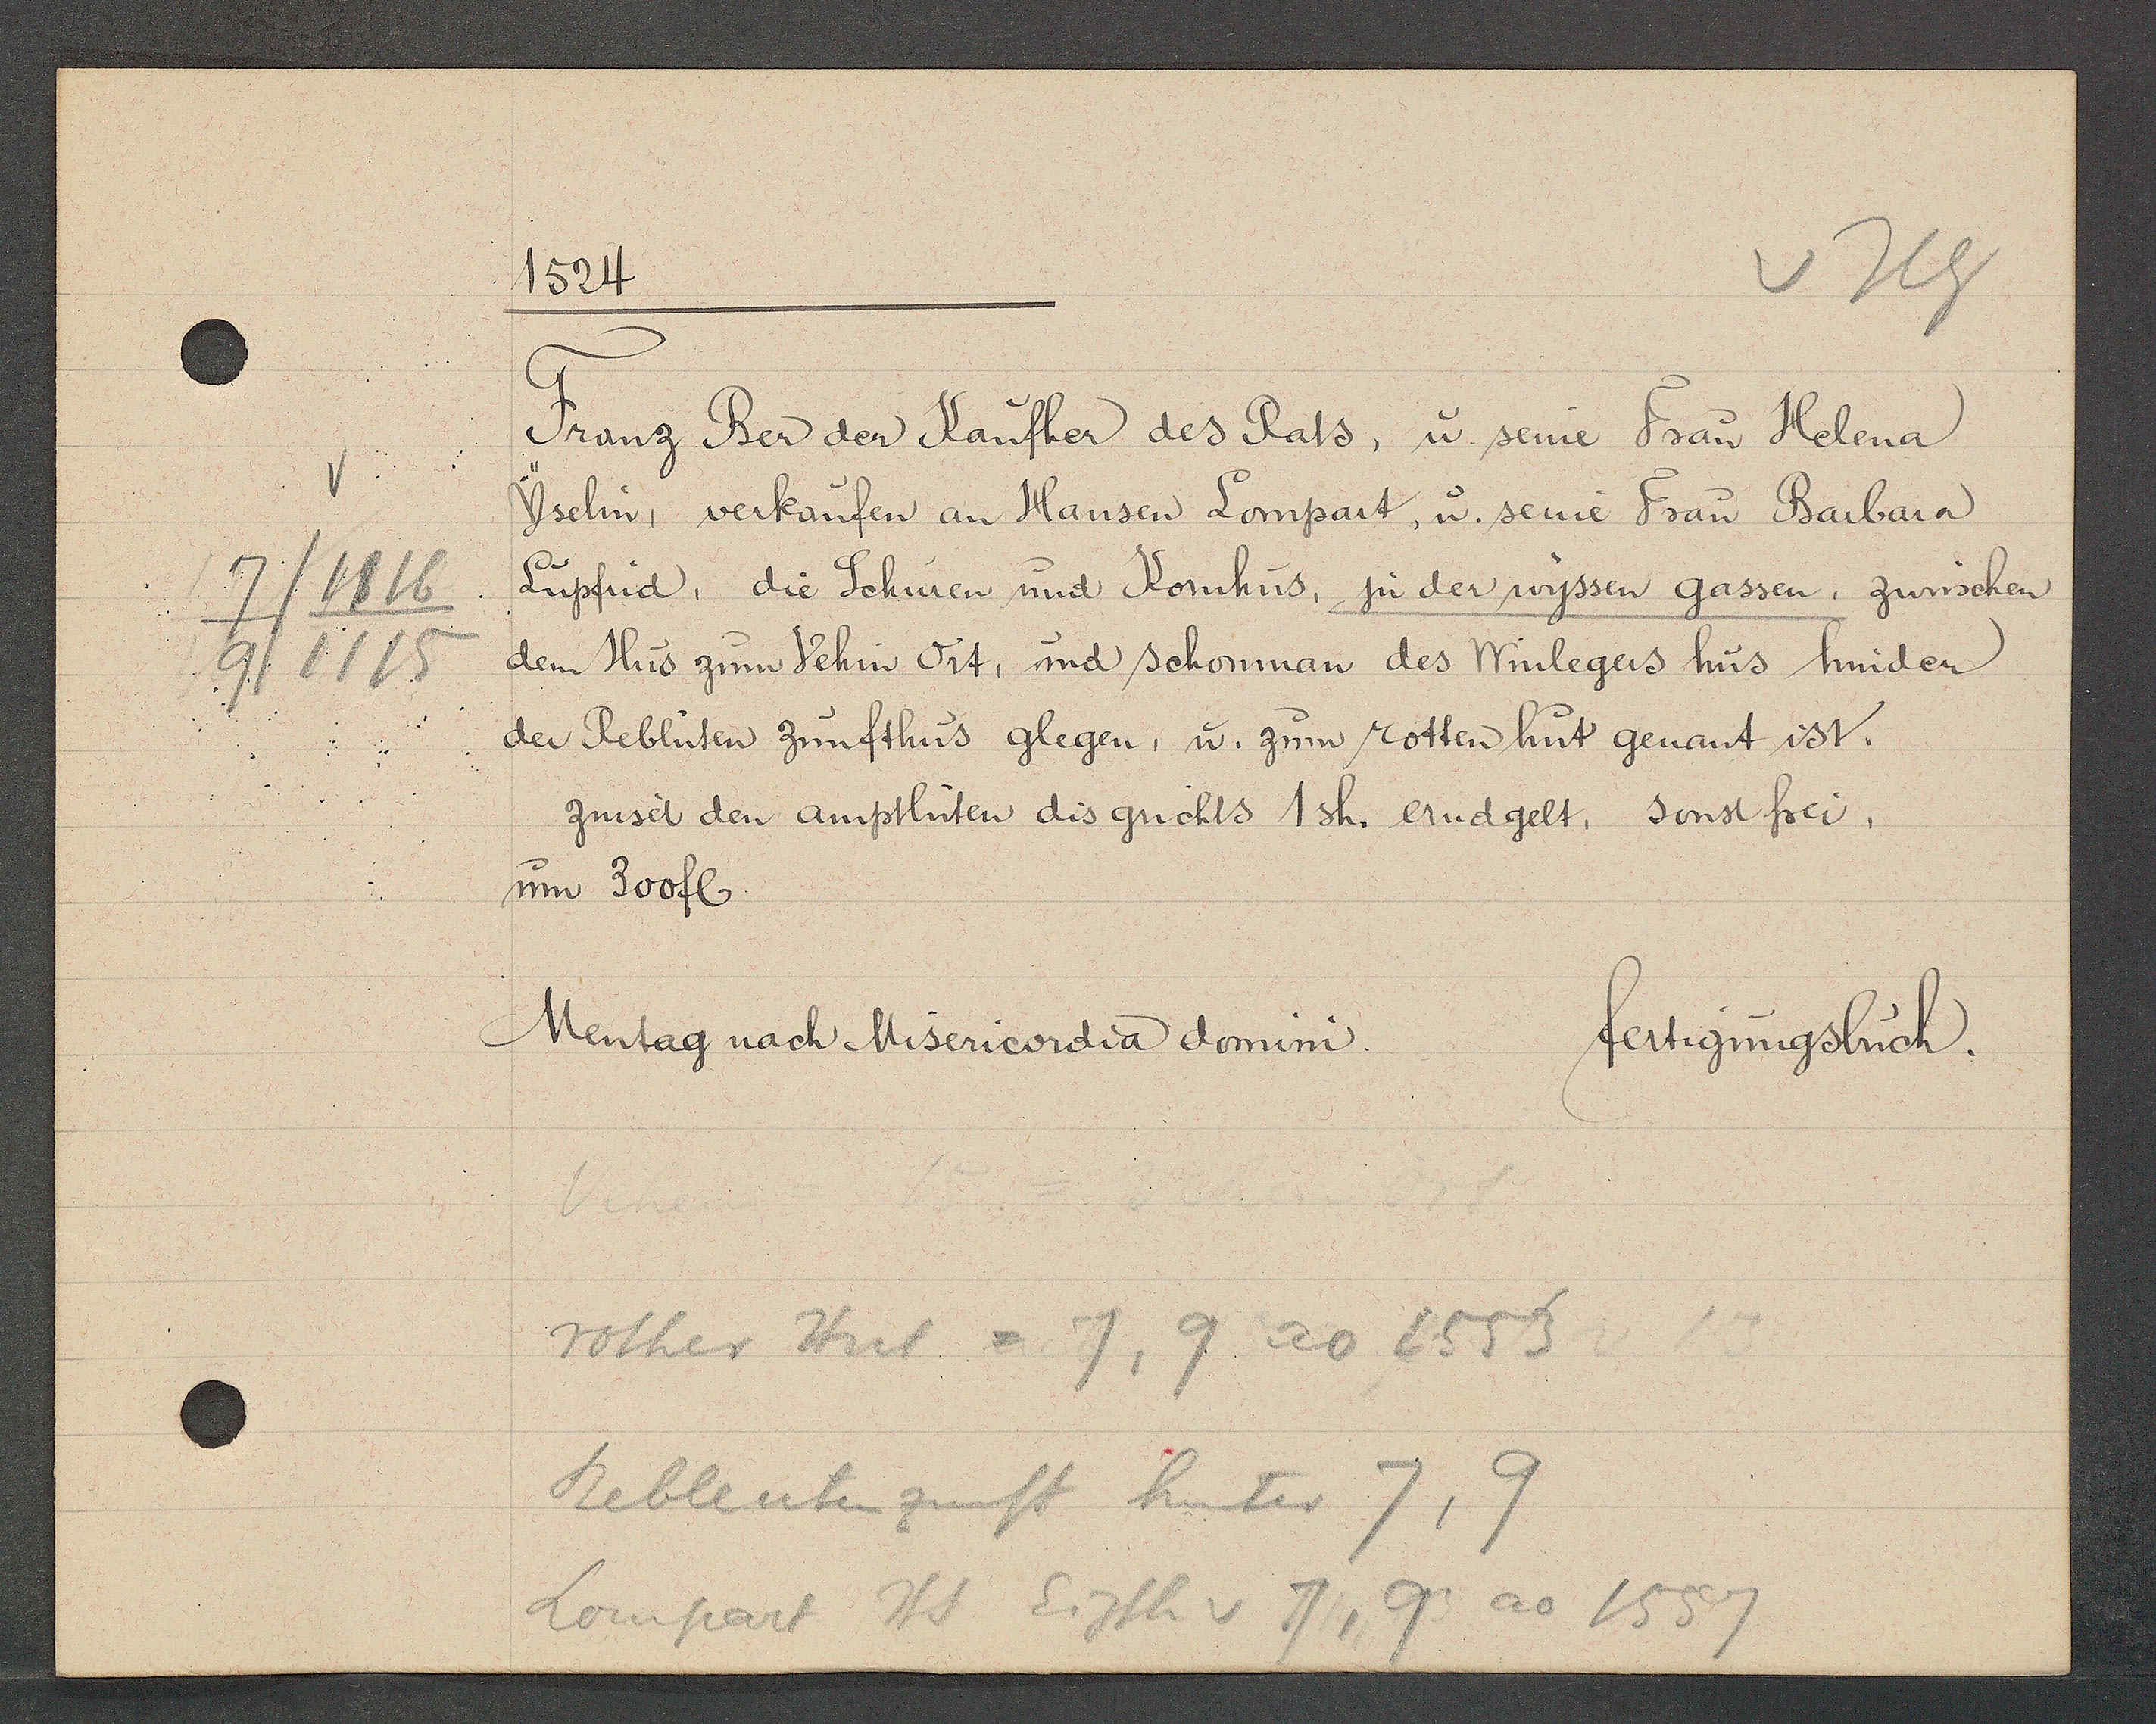
Transcript:
7/1116
9/1115

1524
Franz Ber der Kaufher des Rats, u. seine Frau Helena
Jselin, verkaufen an Hansen Lompart, u. seine Frau Barbara
Lüpfrid, die Schuren und Kornhus, zu der wyssen gassen, zwüschen
dem Hus zum Vehin Ort, und schonman des Winlegers hus hinden
der Reblüten Zunfthus glegen, u. zum rotten hut genant ist.
zinset den amptlüten dis grichts 1 sh. ernd gelt, sonst frei,
um 300 fl

Mentag nach Misericordia domini.
fertigungsbuch.

rother Huit = 7, 9 ao 1553
Rebleutenzunft hinter 7,9
Lompart Hs Eigth v 7, 9
ao 1557